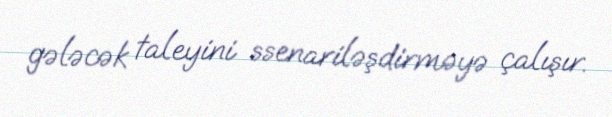
gələcək taleyini ssenariləşdirməyə çalışır.